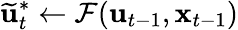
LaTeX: \widetilde{\mathbf{u}}_{t}^{*}\gets\mathcal{F}(\mathbf{u}_{t-1},\mathbf{x}_{t-1})